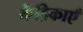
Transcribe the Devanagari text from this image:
केंद्रिकाएँ